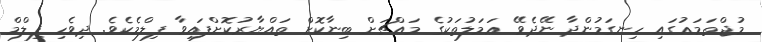
މުޖްތަމަޢުގައި ހިނގަމުންދާ ނޭދެވޭ ޢަމަލުތަކުގެ މައްޗަށް ބިނާކޮށް ތައްޔާރުކޮށްފައިވާ ފިލްމެކެވެ. ދިވެހި ފިލްމް